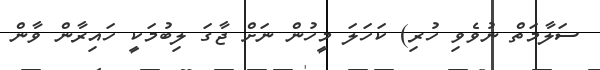
ސަލާމަތް ނުވެވި ހުރި) ކަހަލަ މީހުން ނަށް ޖާގަ ލިބުމަކީ ހައިރާން ވާން